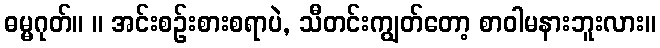
ဓမ္မဂုတ်။ ။ အင်းစဉ်းစားစရာပဲ, သီတင်းကျွတ်တော့ စာဝါမနားဘူးလား။